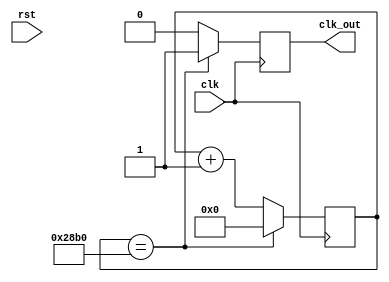
`timescale 1ns / 1ps
//////////////////////////////////////////////////////////////////////////////////
// Company: 
// Engineer: 
// 
// Design Name: 
// Module Name: uart_clkdiv
// Project Name: 
// Target Devices: 
// Tool Versions: 
// Description: 
// 
// Dependencies: 
// 
// Revision:
// Revision 0.01 - File Created
// Additional Comments:
// 
//////////////////////////////////////////////////////////////////////////////////


module uart_clkdiv(clk,clk_out,rst);
    input clk,rst;
    output reg clk_out;

    parameter Baud_Rate=9600; //
    localparam div_num='d100_000_000/Baud_Rate; //, 100M
//     localparam div_num='d10_000_000/Baud_Rate;

    reg[15:0]num;

    always@(posedge clk)
    	if(num==div_num)begin
    		num<=0;
    		clk_out<=1;
    	end
    	else begin
    		num<=num+1;
    		clk_out<=0;
    	end
endmodule